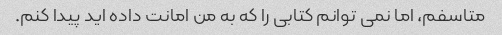
متاسفم، اما نمی توانم کتابی را که به من امانت داده اید پیدا کنم.